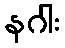
နဂါး